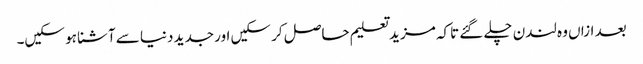
بعد ازاں وہ لندن چلے گئے تاکہ مزید تعلیم حاصل کر سکیں اور جدید دنیا سے آشنا ہو سکیں۔